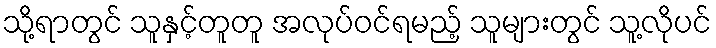
သို့ရာတွင် သူနှင့်တူတူ အလုပ်ဝင်ရမည့် သူများတွင် သူ့လိုပင်